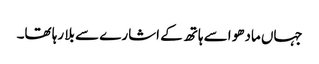
جہاں مادھو اسے ہاتھ کے اشارے سے بلا رہا تھا۔